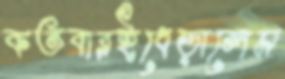
কতবারইধেড়ালেম